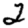
Digit: 2